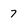
Character: 7